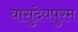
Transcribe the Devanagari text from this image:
वासुदेवपुरम